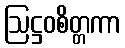
ဩဋ္ဌဝစိတ္တကာ